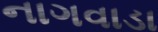
નાગવાડા